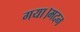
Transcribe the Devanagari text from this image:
गया।मदन